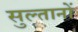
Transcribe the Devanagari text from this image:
सुल्‍तानों